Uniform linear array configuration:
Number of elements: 12
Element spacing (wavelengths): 0.25
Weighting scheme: hamming
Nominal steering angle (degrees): -45
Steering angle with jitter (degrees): -43.219
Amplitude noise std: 0.05
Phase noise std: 0.05

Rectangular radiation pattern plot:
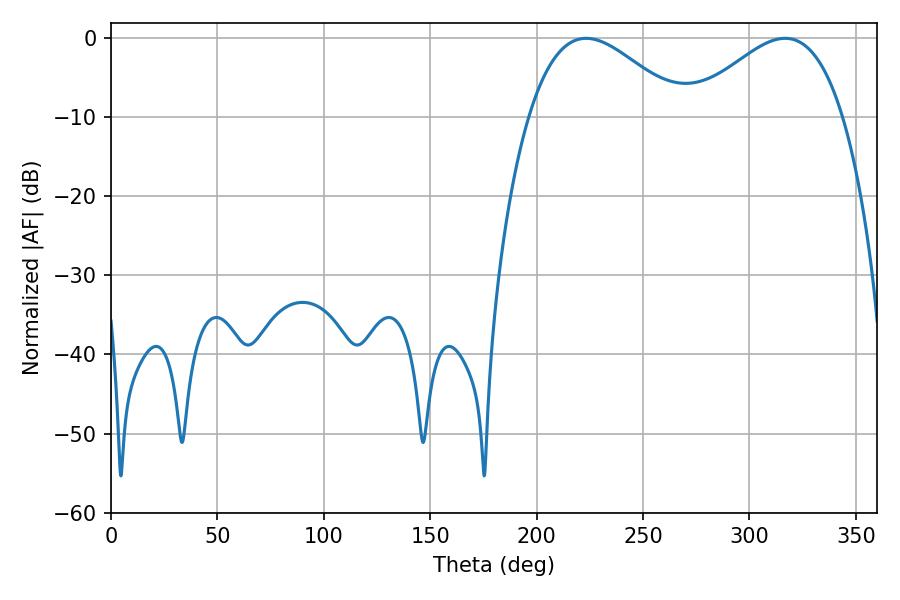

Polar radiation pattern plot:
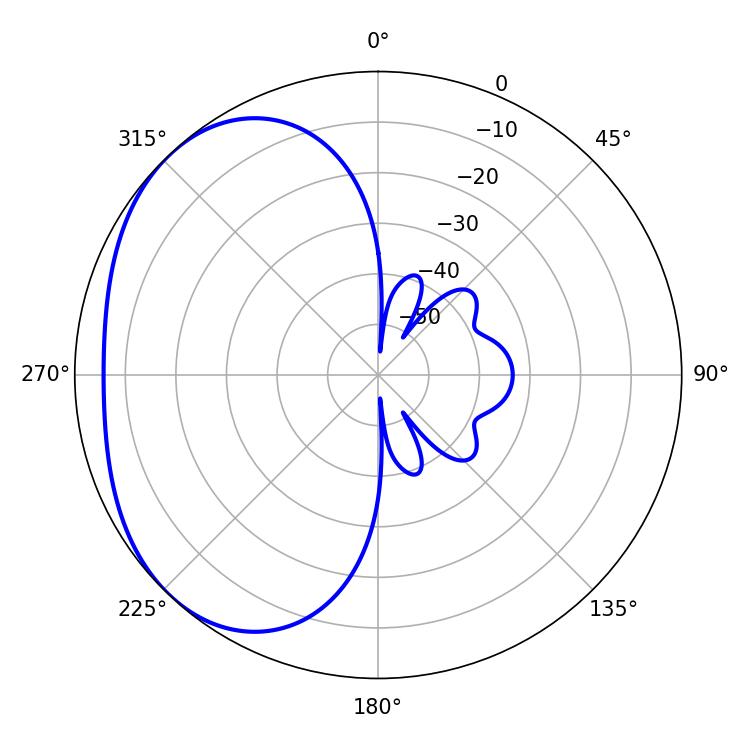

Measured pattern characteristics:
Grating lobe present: FALSE
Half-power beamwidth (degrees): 39.06
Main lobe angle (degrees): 223.2